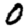
Digit: 0